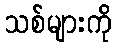
သစ်များကို